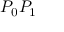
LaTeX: P _ { 0 } P _ { 1 }